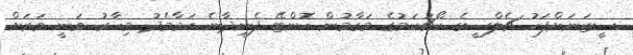
ސީޒަނަށްފަހު ޗެލްސީގެ ކޯޗުކަމުގެ މަގާމުން ކޮންޓޭ ފެނިދާނެ ކަމާމެދު މިހާރު ވަނީ ވަރަށް